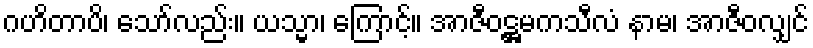
ဂဟိတာပိ၊ သော်လည်း။ ယသ္မာ၊ ကြောင့်။ အာဇီဝဋ္ဌမကသီလံ နာမ၊ အာဇီဝလျှင်